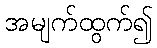
အမျက်ထွက်၍